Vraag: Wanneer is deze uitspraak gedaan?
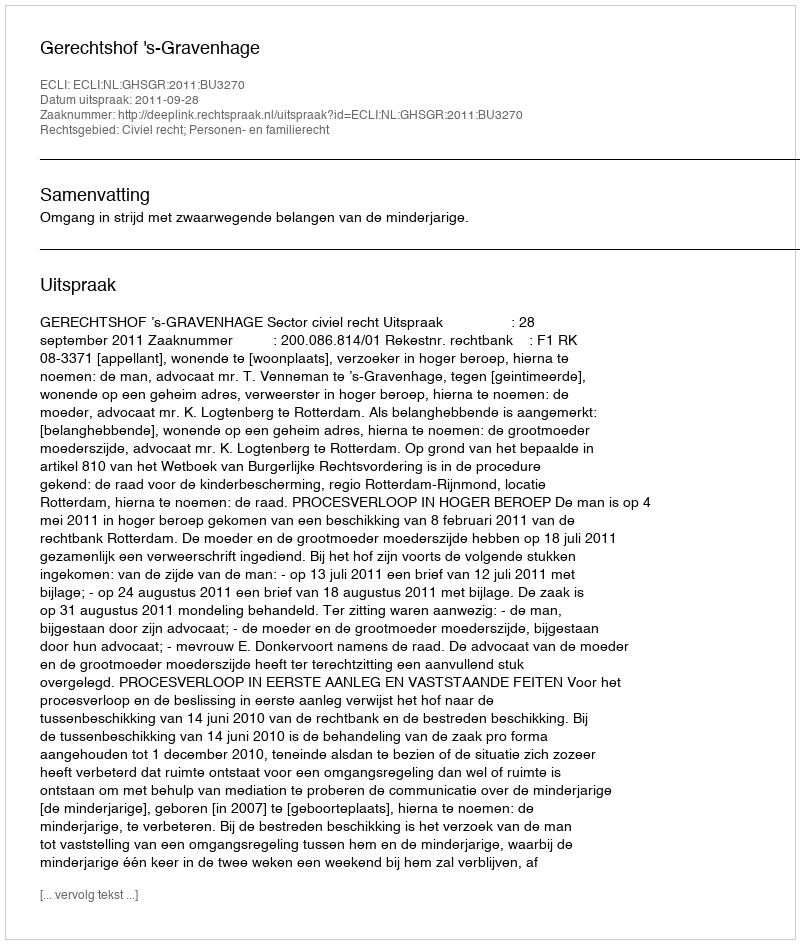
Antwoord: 2011-09-28